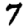
Digit: 7